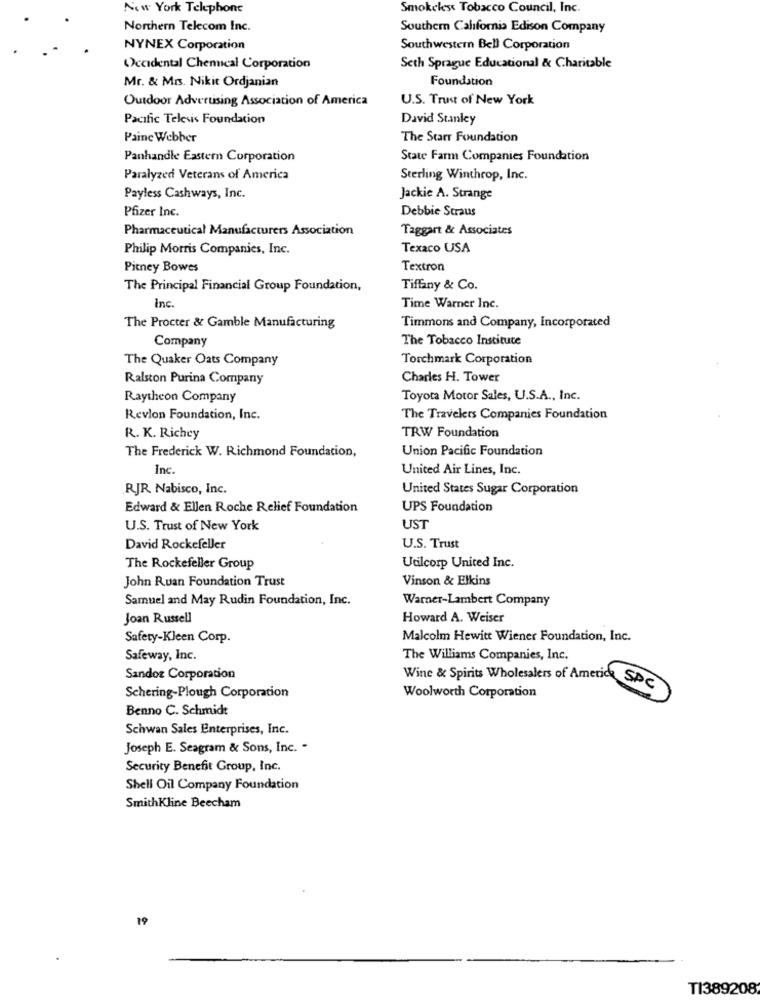
New York Telephone
Smokeless Tobacco Council, Inc.
Northern Telecom Inc.
Southern California Edison Company
NYNEX Corporation
Southwestern Bell Corporation
Occidental Chemical Corporation
Seth Sprague Educational & Charitable
Mr. & Mrs. Nikit Ordjanian
Foundation
Outdoor Advertising Association of America
U.S. Trust of New York
Pacific Televis Foundation
David Stanley
Paine Webber
The Starr Foundation
Panhandle Eastern Corporation
State Farm Companies Foundation
Paralyzed Veterans of America
Sterling Winthrop, Inc.
Payless Cashways, Inc.
Jackie A. Strange
Pfizer Inc.
Debbie Straus
Pharmaceutical Manufacturers Association
Taggart & Associates
Philip Morris Companies, Inc.
Texaco USA
Pitney Bowes
Textron
The Principal Financial Group Foundation,
Tiffany & Co.
Inc.
Time Warner Inc.
The Procter & Gamble Manufacturing
Timmons and Company, Incorporated
Company
The Tobacco Institute
The Quaker Oats Company
Torchmark Corporation
Ralston Purina Company
Charles H. Tower
Raytheon Company
Toyota Motor Sales, U.S.A ., Inc.
Revlon Foundation, Inc.
The Travelers Companies Foundation
TRW Foundation
R. K. Richey
The Frederick W. Richmond Foundation,
Union Pacific Foundation
Inc.
United Air Lines, Inc.
RJR Nabisco, Inc.
United States Sugar Corporation
Edward & Ellen Roche Relief Foundation
UPS Foundation
U.S. Trust of New York
UST
David Rockefeller
U.S. Trust
Utilcorp United Inc.
The Rockefeller Group
John Ruan Foundation Trust
Vinson & Elkins
Samuel and May Rudin Foundation, Inc.
Warner-Lambert Company
Joan Russell
Howard A. Weiser
Safety-Kleen Corp.
Malcolm Hewitt Wiener Foundation, Inc.
Safeway, Inc.
The Williams Companies, Inc.
Sandoz Corporation
Wine & Spirits Wholesalers of Americk
SPC
Schering-Plough Corporation
Woolworth Corporation
Benno C. Schmidt
Schwan Sales Enterprises, Inc.
Joseph E. Seagram & Sons, Inc. -
Security Benefit Group, Inc.
Shell Oil Company Foundation
Smith Kline Beecham
19
TI389208